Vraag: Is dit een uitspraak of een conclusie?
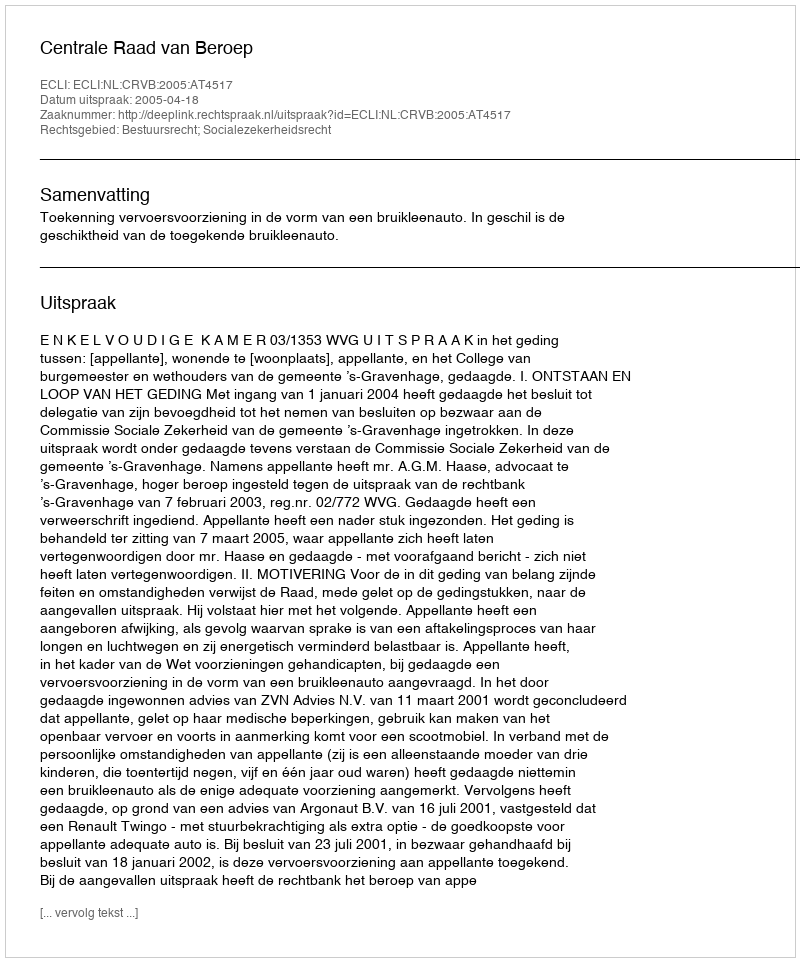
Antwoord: Uitspraak